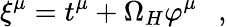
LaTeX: \xi^{\mu}=t^{\mu}+\Omega_{H}\varphi^{\mu}~~~,